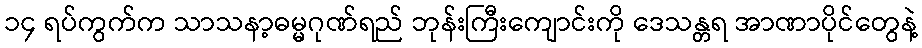
၁၄ ရပ်ကွက်က သာသနာ့ဓမ္မဂုဏ်ရည် ဘုန်းကြီးကျောင်းကို ဒေသန္တရ အာဏာပိုင်တွေနဲ့